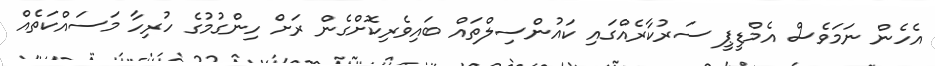
އެހެން ނަމަވެސް އެމްޑީޕީ ސަރުކާރެއްގައި ކައުންސިލްތައް ބައިވެރިކޮށްގެން ރަށް ހިންގުމުގެ ހުރިހާ މަސައްކަތެއް